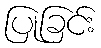
ပြုခြင်း